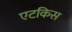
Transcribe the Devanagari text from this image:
एटकिस